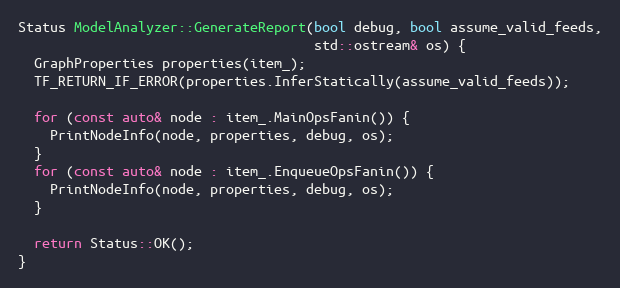
Language: C++
Status ModelAnalyzer::GenerateReport(bool debug, bool assume_valid_feeds,
                                     std::ostream& os) {
  GraphProperties properties(item_);
  TF_RETURN_IF_ERROR(properties.InferStatically(assume_valid_feeds));

  for (const auto& node : item_.MainOpsFanin()) {
    PrintNodeInfo(node, properties, debug, os);
  }
  for (const auto& node : item_.EnqueueOpsFanin()) {
    PrintNodeInfo(node, properties, debug, os);
  }

  return Status::OK();
}